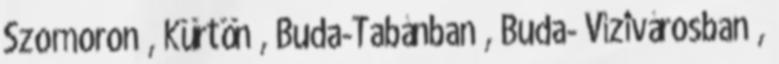
Szomoron , Kürtön , Buda-Tabánban , Buda- Vízivárosban ,